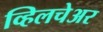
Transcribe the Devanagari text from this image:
व्हिलचेअर